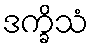
ဒက္ခိသံ